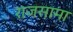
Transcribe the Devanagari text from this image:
राजसामा